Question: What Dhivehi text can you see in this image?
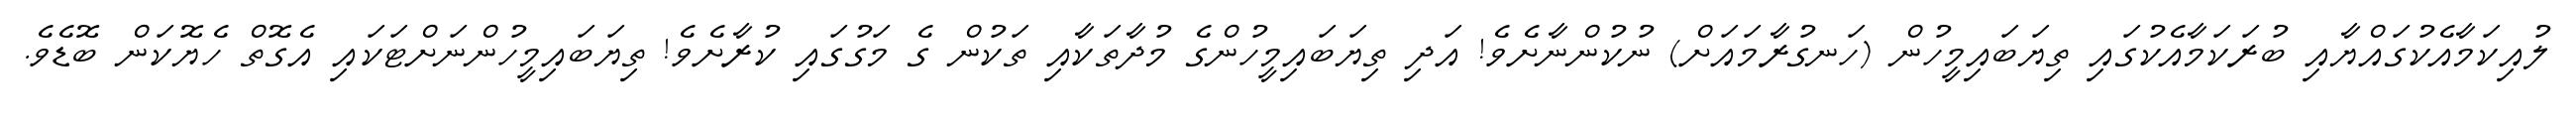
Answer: ލުއިކަމާއެކުގައްޔާއި ބުރަކަމާއެކުގައި ތިޔަބައިމީހުން (ހަނގުރާމައަށް) ނުކުންނާށެވެ! އަދި ތިޔަބައިމީހުންގެ މުދާތަކާއި ތަކުން ގެ މަގުގައި ކުރާށެވެ! ތިޔަބައިމީހުންނަށްޓަކައި އެގޮތް ހެޔޮކަން ބޮޑެވެ.